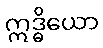
ဣဒ္ဓိယော